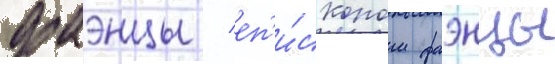
фаэнцы / еп'и́скопом фаэнцы